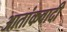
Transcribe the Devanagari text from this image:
आतांकवादी